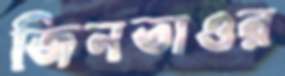
জিনতাওর